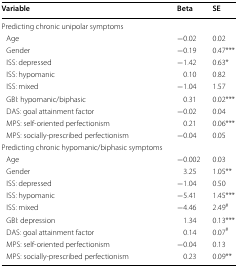
| Variable | Beta | SE |
 | --- | --- | --- |
 | <COLSPAN=3> Predicting chronic unipolar symptoms |
 | Age | −0.02 | 0.02 |
 | Gender | −0.19 | 0.47*** |
 | ISS: depressed | −1.42 | 0.63* |
 | ISS: hypomanic | 0.10 | 0.82 |
 | ISS: mixed | −1.04 | 1.57 |
 | GBI: hypomanic/biphasic | 0.31 | 0.02*** |
 | DAS: goal attainment factor | −0.02 | 0.04 |
 | MPS: self-oriented perfectionism | 0.21 | 0.06*** |
 | MPS: socially-prescribed perfectionism | −0.04 | 0.05 |
 | <COLSPAN=3> Predicting chronic hypomanic/biphasic symptoms |
 | Age | −0.002 | 0.03 |
 | Gender | 3.25 | 1.05** |
 | ISS: depressed | −1.04 | 0.50 |
 | ISS: hypomanic | −5.41 | 1.45*** |
 | ISS: mixed | −4.46 | 2.49# |
 | GBI: depression | 1.34 | 0.13*** |
 | DAS: goal attainment factor | 0.14 | 0.07# |
 | MPS: self-oriented perfectionism | −0.04 | 0.13 |
 | MPS: socially-prescribed perfectionism | 0.23 | 0.09** |